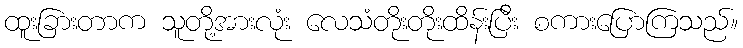
ထူးခြားတာက သူတို့အားလုံး လေသံတိုးတိုးထိန်းပြီး စကားပြောကြသည်။